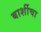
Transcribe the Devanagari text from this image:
बार्शीचा